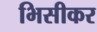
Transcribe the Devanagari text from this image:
भिसीकर